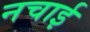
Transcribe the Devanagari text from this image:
नचाई